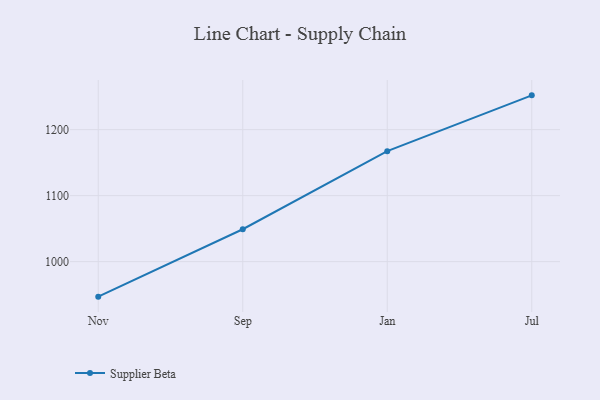
{"axis": {"x": "Month", "y": "Churn Rate (%)"}, "legend": ["Supplier Beta"], "data": [{"x": "Nov", "y": 947.0, "type": "Supplier Beta"}, {"x": "Sep", "y": 1049.1, "type": "Supplier Beta"}, {"x": "Jan", "y": 1167.4, "type": "Supplier Beta"}, {"x": "Jul", "y": 1251.9, "type": "Supplier Beta"}]}